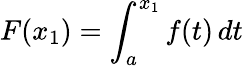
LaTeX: F(x_{1})=\int_{a}^{x_{1}}f(t)\, dt